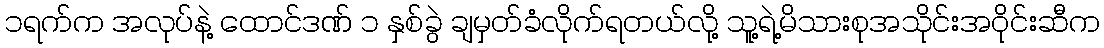
၁ရက်က အလုပ်နဲ့ ထောင်ဒဏ် ၁ နှစ်ခွဲ ချမှတ်ခံလိုက်ရတယ်လို့ သူ့ရဲ့မိသားစုအသိုင်းအဝိုင်းဆီက